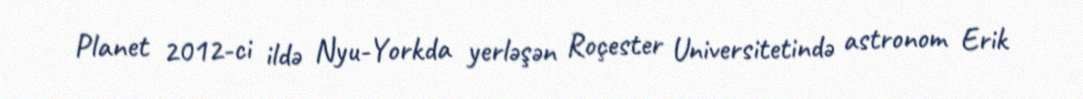
Planet 2012-ci ildə Nyu-Yorkda yerləşən Roçester Universitetində astronom Erik